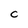
Character: C